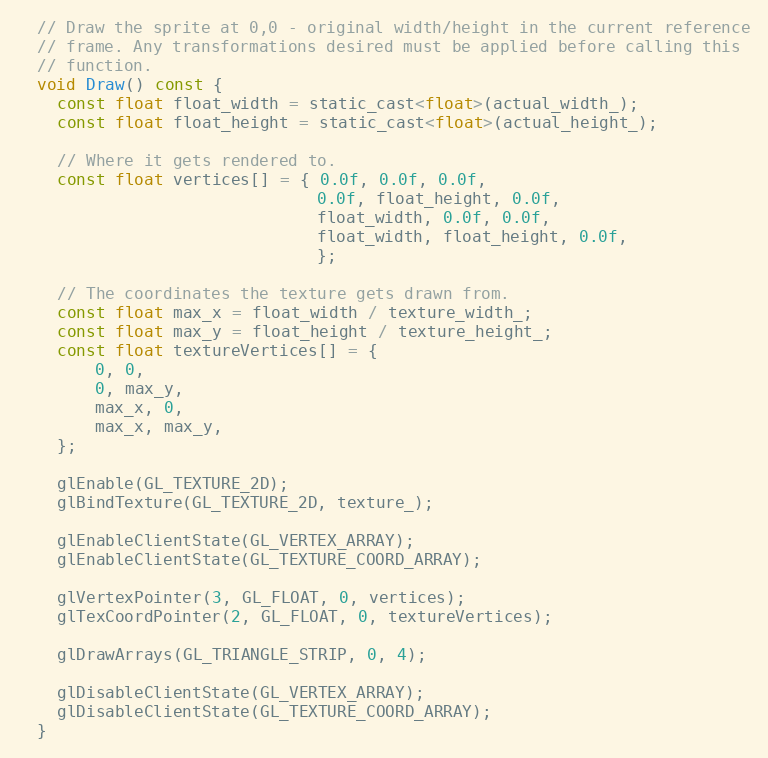
Language: C
  // Draw the sprite at 0,0 - original width/height in the current reference
  // frame. Any transformations desired must be applied before calling this
  // function.
  void Draw() const {
    const float float_width = static_cast<float>(actual_width_);
    const float float_height = static_cast<float>(actual_height_);

    // Where it gets rendered to.
    const float vertices[] = { 0.0f, 0.0f, 0.0f,
                               0.0f, float_height, 0.0f,
                               float_width, 0.0f, 0.0f,
                               float_width, float_height, 0.0f,
                               };

    // The coordinates the texture gets drawn from.
    const float max_x = float_width / texture_width_;
    const float max_y = float_height / texture_height_;
    const float textureVertices[] = {
        0, 0,
        0, max_y,
        max_x, 0,
        max_x, max_y,
    };

    glEnable(GL_TEXTURE_2D);
    glBindTexture(GL_TEXTURE_2D, texture_);

    glEnableClientState(GL_VERTEX_ARRAY);
    glEnableClientState(GL_TEXTURE_COORD_ARRAY);

    glVertexPointer(3, GL_FLOAT, 0, vertices);
    glTexCoordPointer(2, GL_FLOAT, 0, textureVertices);

    glDrawArrays(GL_TRIANGLE_STRIP, 0, 4);

    glDisableClientState(GL_VERTEX_ARRAY);
    glDisableClientState(GL_TEXTURE_COORD_ARRAY);
  }